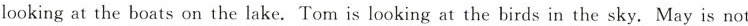
looking at the boats on the lakes.Tom is looking at the birds in the sky.May is not